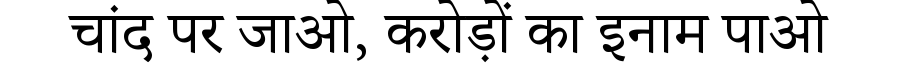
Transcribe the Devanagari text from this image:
चांद पर जाओ, करोड़ों का इनाम पाओ